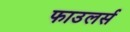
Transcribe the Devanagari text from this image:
फाउलर्स